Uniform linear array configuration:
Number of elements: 64
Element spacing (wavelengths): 1
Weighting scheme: exponential
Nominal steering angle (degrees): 60
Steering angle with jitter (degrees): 58.658
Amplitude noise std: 0.05
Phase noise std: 0.05

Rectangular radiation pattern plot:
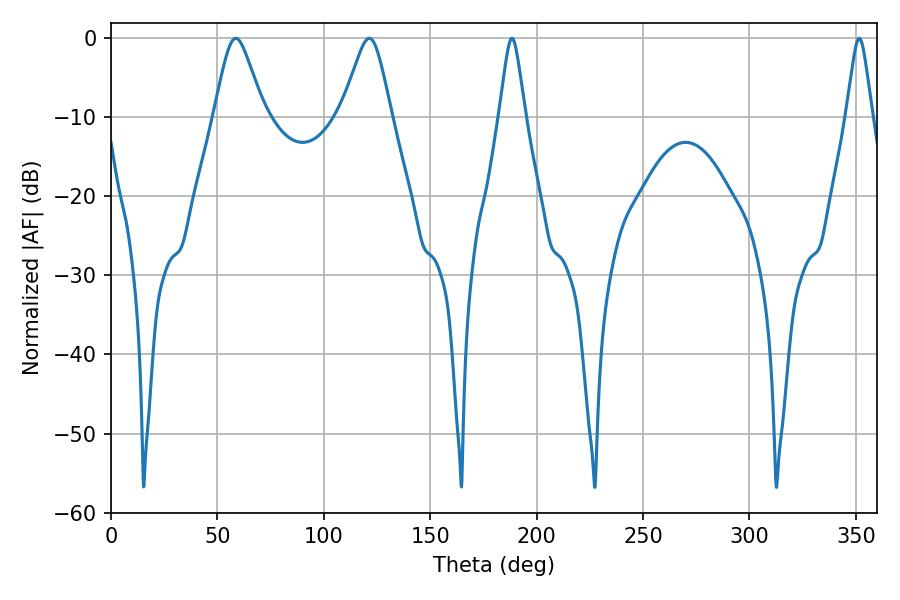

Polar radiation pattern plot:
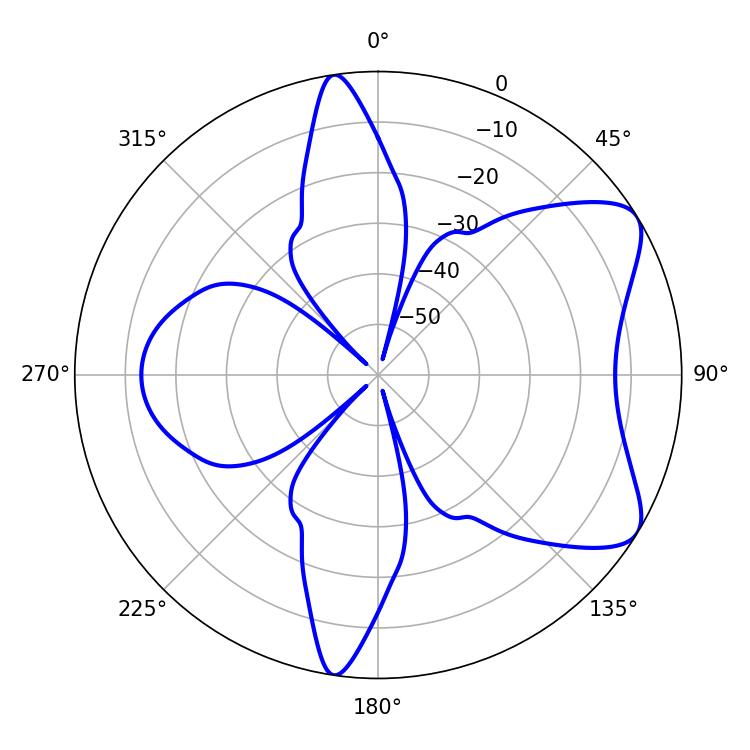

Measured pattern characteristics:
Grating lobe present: TRUE
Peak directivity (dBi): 7.305
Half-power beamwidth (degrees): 11.16
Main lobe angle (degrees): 58.68